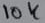
Text: 10K